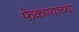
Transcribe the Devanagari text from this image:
फेकण्याच्या